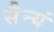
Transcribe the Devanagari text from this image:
सैन्यं